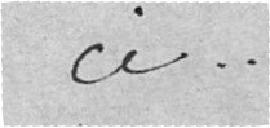
ci .